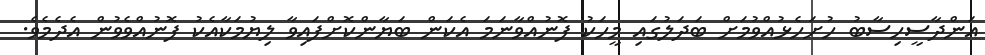
އަންދާސީހިސާބު ހުށަހެޅުއްވުމަށް ބަދަލުގައި މީހަކު ފޮނުއްވާނަމަ އެކަން ބަޔާންކޮށްފައިވާ ލިޔުމަކާއެކު ފޮނުއްވެވުން އެދެމެވެ.